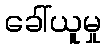
ခေါ်ယူမှု